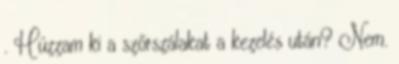
. Húzzam ki a szőrszálakat a kezelés után? Nem.